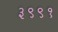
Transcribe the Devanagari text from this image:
३९९१